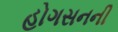
હોગસનની